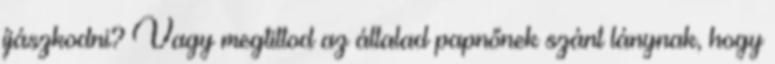
íjászkodni? Vagy megtiltod az általad papnőnek szánt lánynak, hogy